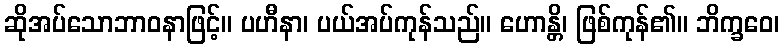
ဆိုအပ်သောဘာဝနာဖြင့်။ ပဟီနာ၊ ပယ်အပ်ကုန်သည်။ ဟောန္တိ၊ ဖြစ်ကုန်၏။ ဘိက္ခဝေ၊